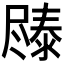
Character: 𫵧